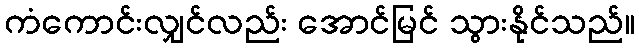
ကံကောင်းလျှင်လည်း အောင်မြင် သွားနိုင်သည်။